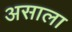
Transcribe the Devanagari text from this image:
असाला